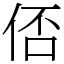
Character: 俖